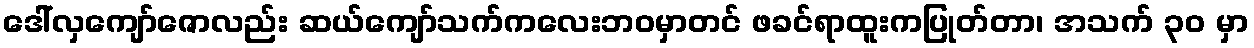
ဒေါ်လှကျော်ဇောလည်း ဆယ်ကျော်သက်ကလေးဘဝမှာတင် ဖခင်ရာထူးကပြုတ်တာ၊ အသက် ၃၀ မှာ